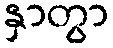
နှာတွာ